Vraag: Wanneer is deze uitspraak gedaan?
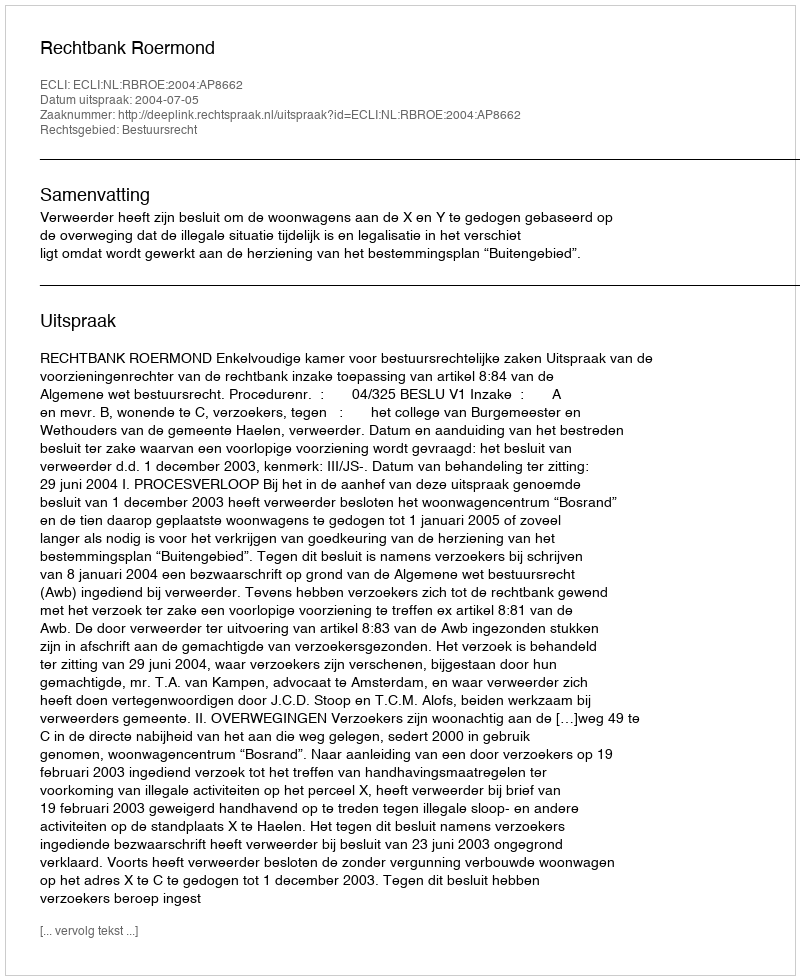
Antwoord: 2004-07-05